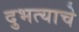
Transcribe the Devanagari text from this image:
दुभत्याचे